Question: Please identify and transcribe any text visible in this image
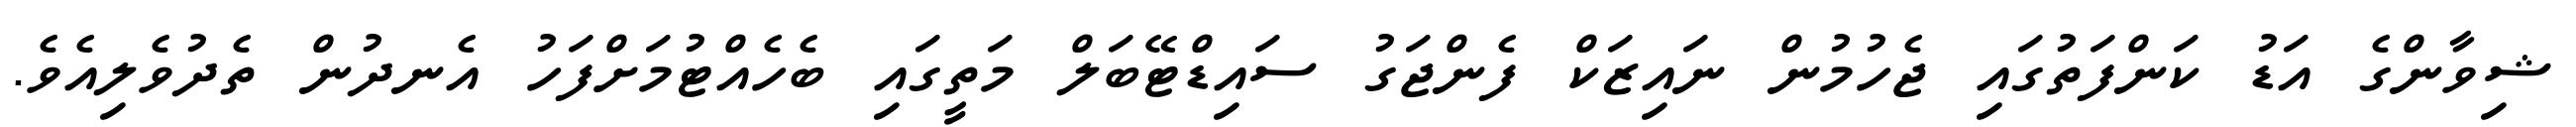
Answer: ޝިވާންގެ އަޑު ކަންފަތުގައި ޖެހުމުން ނައިޒަކް ފެންޖަގު ސައިޑްޓޭބަލް މަތީގައި ބެހެއްޓުމަށްފަހު އެނދުން ތެދުވެލިއެވެ.